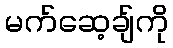
မက်ဆေ့ချ်ကို